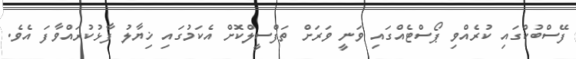
ފޭސްބުކްގައި ކުރެއްވި ޕޯސްޓެއްގައި ވަނީ ވަރަށް ތަފްސީލްކޮށް އެކަމުގައި ޚިޔާލު ފާޅުކުރައްވާފަ އެވެ.